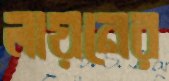
লায়নের